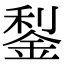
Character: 鋫